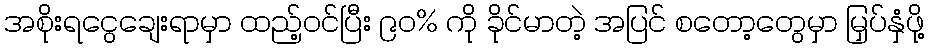
အစိုးရငွေချေးရာမှာ ထည့်ဝင်ပြီး ၉၀% ကို ခိုင်မာတဲ့ အပြင် စတော့တွေမှာ မြှပ်နှံဖို့